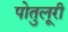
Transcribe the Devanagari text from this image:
पोतुलूरी